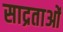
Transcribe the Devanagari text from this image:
साद्रताओं